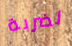
لضربة